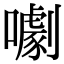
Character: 㘌